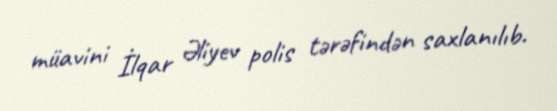
müavini İlqar Əliyev polis tərəfindən saxlanılıb.